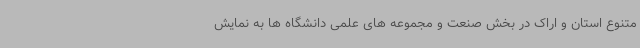
متنوع استان و اراک در بخش صنعت و مجموعه های علمی دانشگاه ها به نمایش